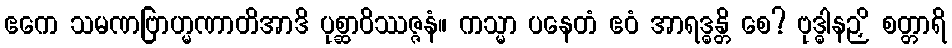
ဧကေ သမဏဗြာဟ္မဏာတိအာဒိ ပုစ္ဆာဝိဿဇ္ဇနံ။ ကသ္မာ ပနေတံ ဧဝံ အာရဒ္ဓန္တိ စေ? ဗုဒ္ဓါနဉှိ စတ္တာရိ